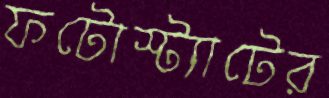
ফটোস্ট্যাটের